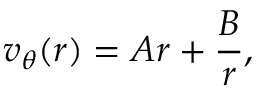
v _ { \theta } ( r ) = A r + \frac { B } { r } ,